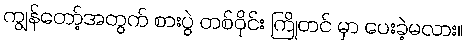
ကျွန်တော့်အတွက် စားပွဲ တစ်ဝိုင်း ကြိုတင် မှာ ပေးခဲ့မလား။